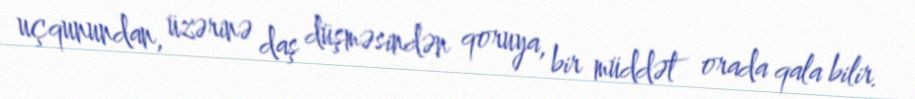
uçqunundan, üzərinə daş düşməsindən qoruya, bir müddət orada qala bilir.